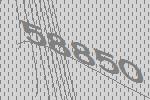
58850